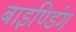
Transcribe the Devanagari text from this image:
बाइण्डिंग